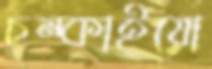
চম্‌কাইয়ো